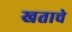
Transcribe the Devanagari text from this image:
खताचे